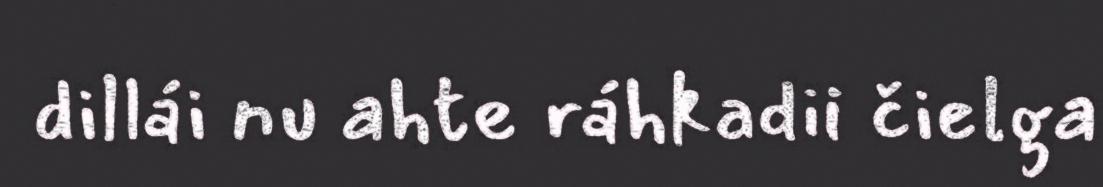
dillái nu ahte ráhkadii čielga